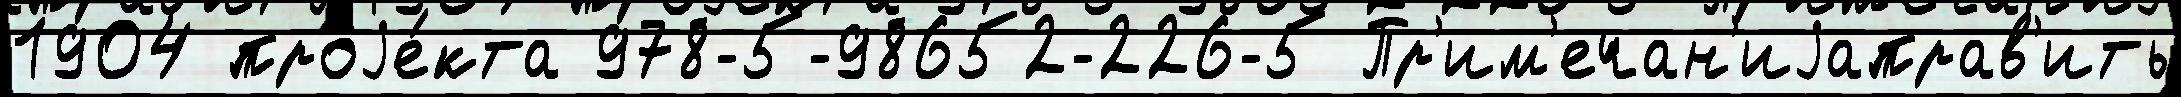
1904 проjе́кта 978-5-98652-226-5 Пр'им'ечан'иjаправ'ить